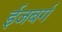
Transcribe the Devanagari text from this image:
ईजबर्ग